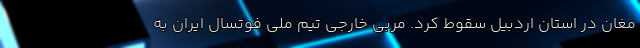
مغان در استان اردبیل سقوط کرد. مربی خارجی تیم ملی فوتسال ایران به